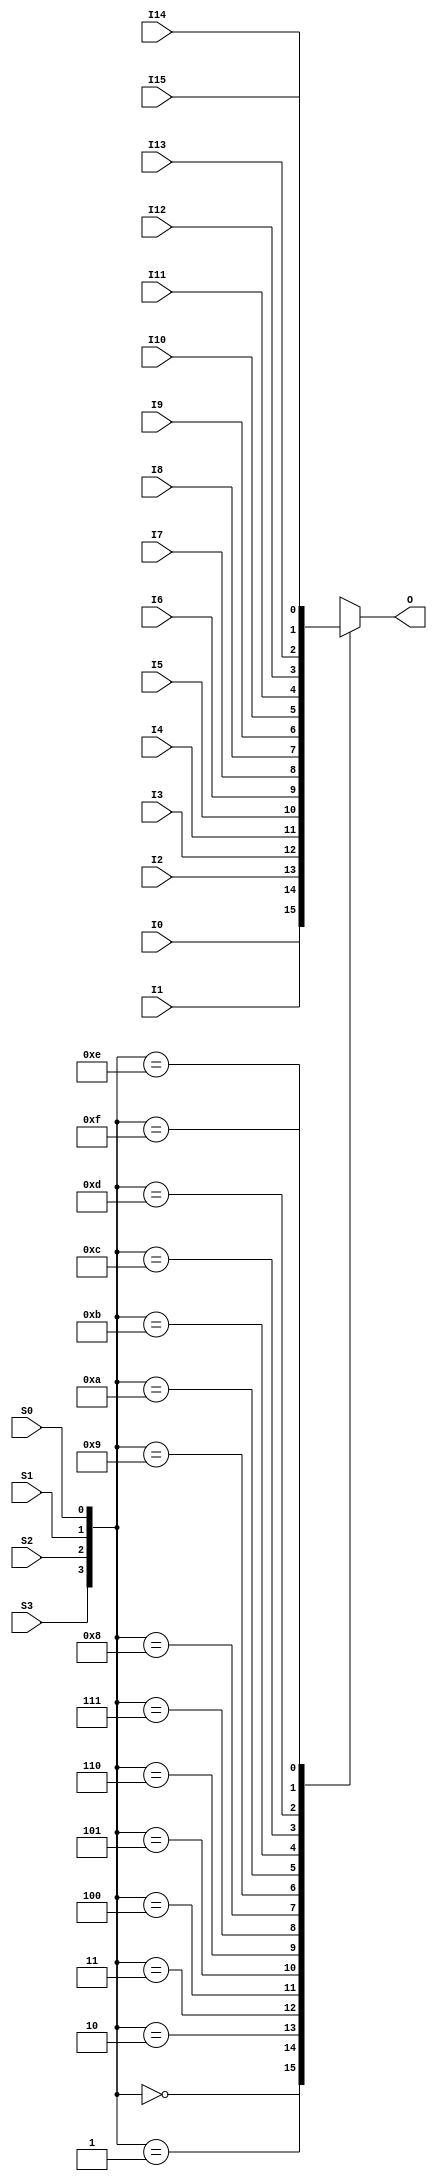
`ifdef verilator3
`else
`timescale 1 ps / 1 ps
`endif
//
// MUX16 primitive for Gowin FPGAs
// Compatible with Verilator tool (www.veripool.org)
// Copyright (c) 2022 Frdric REQUIN
// License : BSD
//

module MUX16
(
    input      I0, I1, I2, I3, I4, I5, I6, I7, I8, I9, I10, I11, I12, I13, I14, I15,
    input      S0, S1, S2, S3,
    output reg O
);

    always @ (*) begin
        case ({S3, S2, S1, S0})
            4'b0000 : O = I0;
            4'b0001 : O = I1;
            4'b0010 : O = I2;
            4'b0011 : O = I3;
            4'b0100 : O = I4;
            4'b0101 : O = I5;
            4'b0110 : O = I6;
            4'b0111 : O = I7;
            4'b1000 : O = I8;
            4'b1001 : O = I9;
            4'b1010 : O = I10;
            4'b1011 : O = I11;
            4'b1100 : O = I12;
            4'b1101 : O = I13;
            4'b1110 : O = I14;
            4'b1111 : O = I15;
        endcase
    end

endmodule